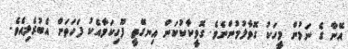
އޭނާ ގެ ނަމުން މީހަކު ގޮވާލުމުންނެވެ. ގޮވީކާކުކަން އިނގޭތީ ފޫހިކަމާއެކު ފަހަތަށް އެބުރެލިއެވެ.